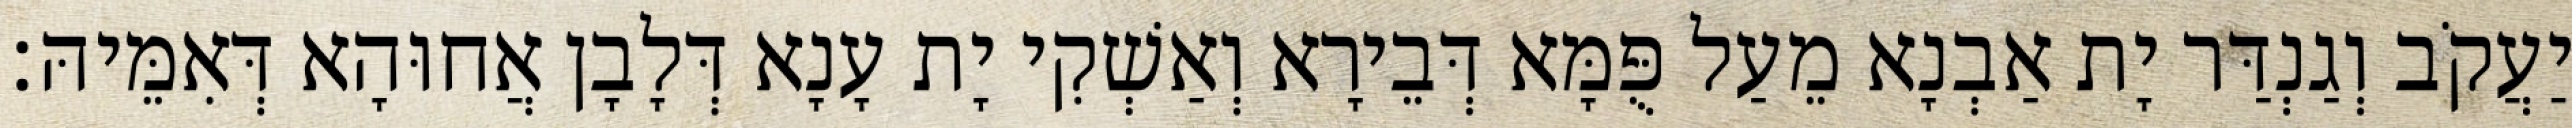
יַעֲקֹב וְגַנְדַּר יָת אַבְנָא מֵעַל פֻּמָּא דְּבֵירָא וְאַשְׁקִי יָת עָנָא דְּלָבָן אֲחוּהָא דְּאִמֵּיהּ׃